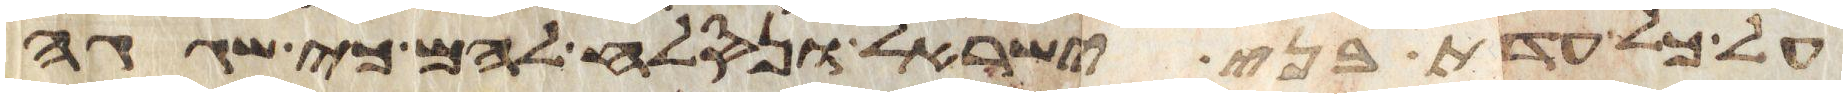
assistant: על כל עדת בני ישראל ונסלח להם כי שגגה